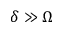
\delta \gg \Omega